Indian journal of veterinary science and animal husbandry - Volume 1,
Year: 1931
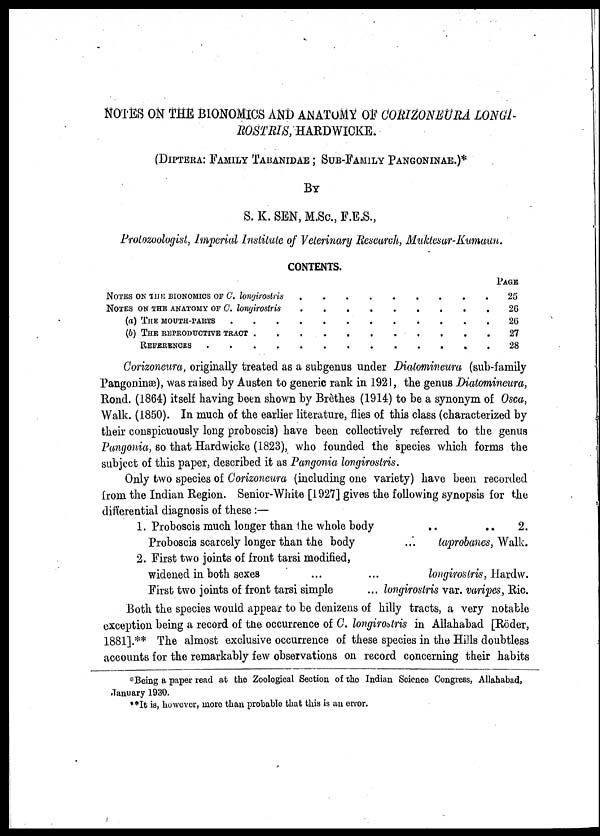
NOTES ON THE BIONOMICS AND ANATOMY OF CORIZONEURA LONGI-
ROSTRIS, HARDWICKE.
(DIPTERA: FAMILY TABANIDAE ; SUB-FAMILY PA
BY
S. K. SEN, M.Sc., F.E.S.,
Protozoologist, Imperial Institute of Veterinary Research, Muktesar-Kumaun.
CONTENTS.
NOTES ON IN THE BIONOMICS OF C. longirostris
NOTES ON THE ANATOMY OF C. longirostris
(a) THE MOUTH-PARTS
(b) THE REPRODUCTIVE TRACT
REFERENCES
.
.
.
.
.
.
.
.
.
.
.
.
.
.
.
.
.
.
.
.
.
.
.
.
.
.
.
.
.
.
.
.
.
.
.
.
.
.
.
.
.
.
.
.
.
.
.
.
.
.
.
.
.
.
PAGE
25
26
26
27
28
Corizoneura, originally treated as a subgenus under Dialomineura (sub-family
Pangoninæ), was raised by Austen to generic rank in 1921, the genus Dialomineura,
Rond. (1864) itself having been shown by Brèthes (1914) to be a synonym of Osca,
Walk. (1850). In much of the earlier literature, flies of this class (characterized by
their conspicuously long proboscis) have been collectively referred to the genus
Pangonia, so that Hardwicke (1823), who founded the species which forms the
subject of this paper, described it as Pangonia longirostris.
Only two species of Corizoneura (including one variety) have been recorded
from the Indian Region. Senior-White [1927] gives the following synopsis for the
differential diagnosis of these :—
1. Proboscis much longer than the whole body
..
..
2.
Proboscis scarcely longer than the body
... laprobanes, Walk.
2. First two joints of front tarsi modified,
widened in both sexes
...
...
longirostris, Hardw.
First two joints of front tarsi simple
... longirostris var. varipes, Ric.
Both the species would appear to be denizens of hilly tracts, a very notable
exception being a record of the occurrence of C. longirostris in Allahabad [Röder,
1881].** The almost exclusive occurrence of these species in the Hills doubtless
accounts for the remarkably few observations on record concerning their habits
*Being a paper read at the Zoological Section of the Indian Science Congress, Allahabad,
January 1930.
**It is, however, more than probable that this is an error.